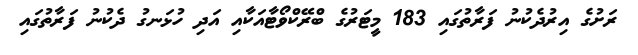
ރަށުގެ އިރުދެކުނު ފަރާތުގައި 183 މީޓަރުގެ ބްރޭކްވޯޓާއަކާއި އަދި ހުޅަނގު ދެކުނު ފަރާތުގައި